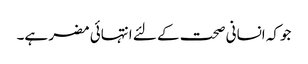
جوکہ انسانی صحت کے لئے انتہائی مضر ہے۔